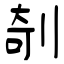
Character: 剞